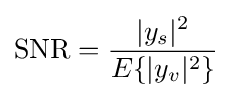
\mathrm {SNR} ={\frac {|y_{s}|^{2}}{E\{|y_{v}|^{2}\}}}